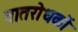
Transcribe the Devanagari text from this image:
वातरोधकों